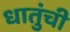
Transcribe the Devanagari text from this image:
धातुंची